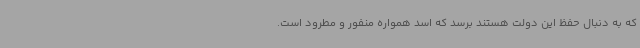
که به دنبال حفظ این دولت هستند برسد که اسد همواره منفور و مطرود است.